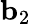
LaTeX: \mathbf{b}_{2}